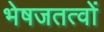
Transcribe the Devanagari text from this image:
भेषजतत्वों